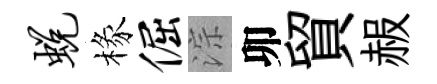
蜕椽倔淙卯貿赧